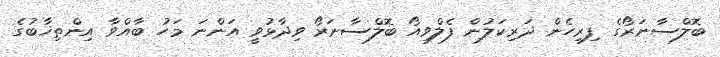
ބޮލްސާނަރޯގެ ފިރިހެން ދަރިކަލުން ފެލްވިއޯ ބޮލްސާނަރޯ ވިދާޅުވީ އަންނަ މަހު ބާއްވާ އިންތިޚާބުގެ